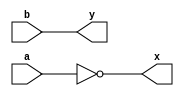
//Design a verilog code
module tt(a,b,x,y);
input a,b;
output x,y;
  assign x=~a;
  assign y=b;
endmodule